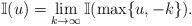
LaTeX: \begin{align*}\mathbb{I}(u)=\lim_{k\rightarrow \infty}\mathbb{I}(\max\{u, -k\}).\end{align*}